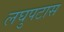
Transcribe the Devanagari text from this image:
लघुपटास